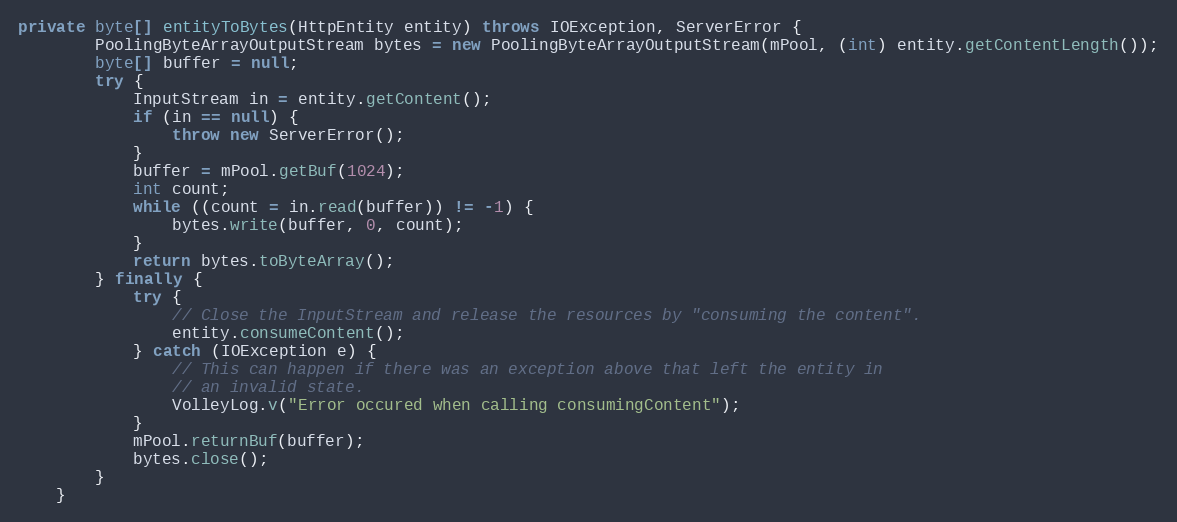
Language: Java
private byte[] entityToBytes(HttpEntity entity) throws IOException, ServerError {
		PoolingByteArrayOutputStream bytes = new PoolingByteArrayOutputStream(mPool, (int) entity.getContentLength());
		byte[] buffer = null;
		try {
			InputStream in = entity.getContent();
			if (in == null) {
				throw new ServerError();
			}
			buffer = mPool.getBuf(1024);
			int count;
			while ((count = in.read(buffer)) != -1) {
				bytes.write(buffer, 0, count);
			}
			return bytes.toByteArray();
		} finally {
			try {
				// Close the InputStream and release the resources by "consuming the content".
				entity.consumeContent();
			} catch (IOException e) {
				// This can happen if there was an exception above that left the entity in
				// an invalid state.
				VolleyLog.v("Error occured when calling consumingContent");
			}
			mPool.returnBuf(buffer);
			bytes.close();
		}
	}